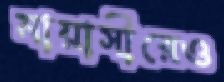
মায়াসীরেও